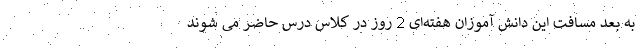
به بعد مسافت این دانش آموزان هفته‌ای 2 روز در کلاس درس حاضر می شوند